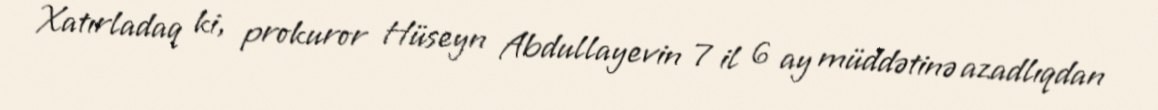
Xatırladaq ki, prokuror Hüseyn Abdullayevin 7 il 6 ay müddətinə azadlıqdan